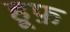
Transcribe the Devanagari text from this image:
हूफ़